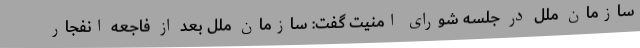
سازمان ملل در جلسه شورای امنیت گفت: سازمان ملل بعد از فاجعه انفجار